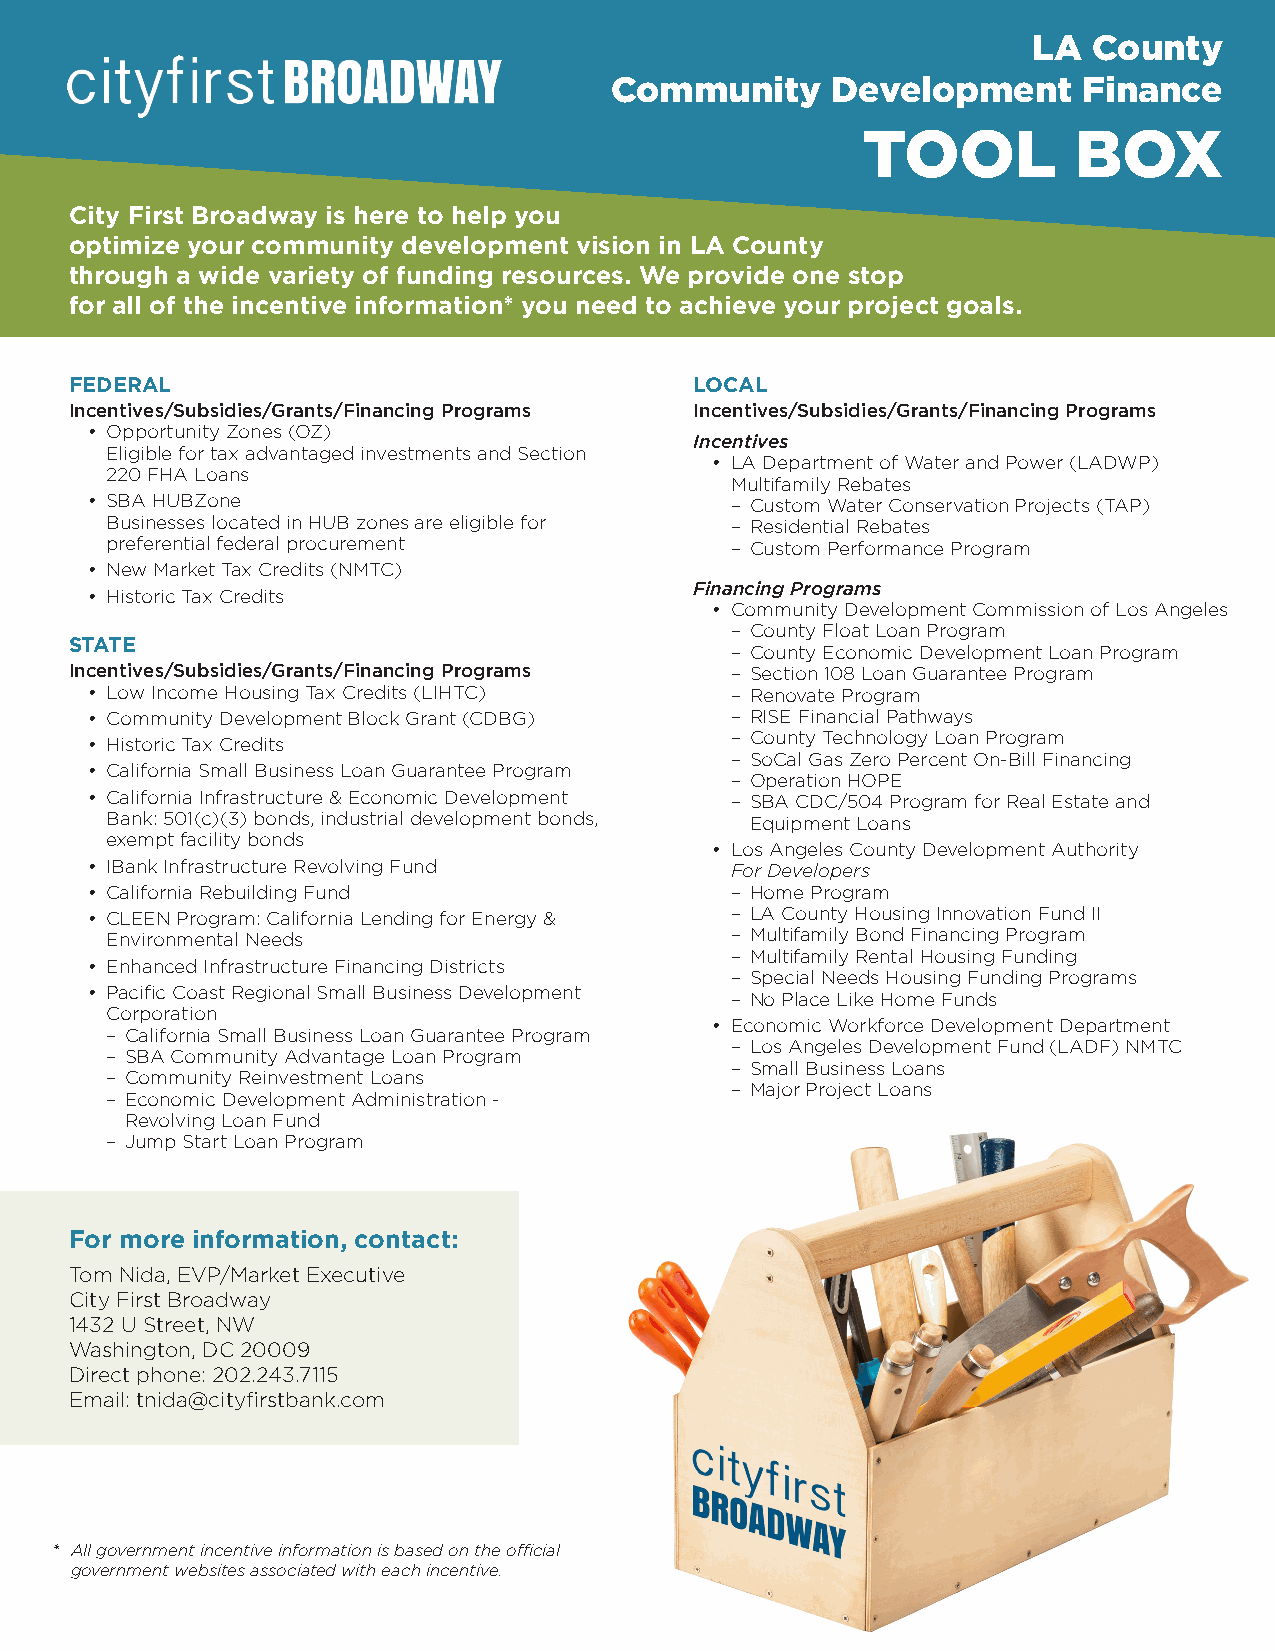
LA  County
 Community      Development      Finance
 TOOL          BOX
 City First Broadway is here to help you
 optimize your community development vision in LA County
 through a wide variety of funding resources. We provide one stop
 for all of the incentive information* you need to achieve your project goals.
 FEDERAL                                  LOCAL
 Incentives/Subsidies/Grants/Financing Programs Incentives/Subsidies/Grants/Financing Programs
 • Opportunity Zones (OZ)
 Incentives
 Eligible for tax advantaged investments and Section
 • LA Department of Water and Power (LADWP)
 220 FHA Loans
 Multifamily Rebates
 • SBA HUBZone                             – Custom Water Conservation Projects (TAP)
 Businesses located in HUB zones are eligible for – Residential Rebates
 preferential federal procurement         – Custom Performance Program
 • New Market Tax Credits (NMTC)
 Financing Programs
 • Historic Tax Credits
 • Community Development Commission of Los Angeles
 – County Float Loan Program
 STATE
 – County Economic Development Loan Program
 Incentives/Subsidies/Grants/Financing Programs – Section 108 Loan Guarantee Program
 • Low Income Housing Tax Credits (LIHTC)  – Renovate Program
 • Community Development Block Grant (CDBG) – RISE Financial Pathways
 – County Technology Loan Program
 • Historic Tax Credits
 – SoCal Gas Zero Percent On-Bill Financing
 • California Small Business Loan Guarantee Program
 – Operation HOPE
 • California Infrastructure & Economic Development – SBA CDC/504 Program for Real Estate and
 Bank: 501(c)(3) bonds, industrial development bonds, Equipment Loans
 exempt facility bonds
 • Los Angeles County Development Authority
 • IBank Infrastructure Revolving Fund     For Developers
 • California Rebuilding Fund              – Home Program
 • CLEEN Program: California Lending for Energy & – LA County Housing Innovation Fund II
 Environmental Needs                      – Multifamily Bond Financing Program
 – Multifamily Rental Housing Funding
 • Enhanced Infrastructure Financing Districts
 – Special Needs Housing Funding Programs
 • Pacific Coast Regional Small Business Development
 – No Place Like Home Funds
 Corporation
 • Economic Workforce Development Department
 – California Small Business Loan Guarantee Program
 – Los Angeles Development Fund (LADF) NMTC
 – SBA Community Advantage Loan Program
 – Small Business Loans
 – Community Reinvestment Loans
 – Major Project Loans
 – Economic Development Administration -
 Revolving Loan Fund
 – Jump Start Loan Program
 For more information, contact:
 Tom Nida, EVP/Market Executive
 City First Broadway
 1432 U Street, NW
 Washington, DC 20009
 Direct phone: 202.243.7115
 Email: tnida@cityfirstbank.com
 * All government incentive information is based on the official
 government websites associated with each incentive.